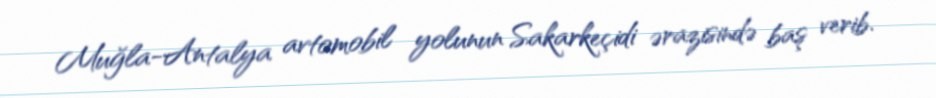
Muğla-Antalya avtomobil yolunun Sakarkeçidi ərazisində baş verib.